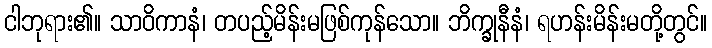
ငါဘုရား၏။ သာဝိကာနံ၊ တပည့်မိန်းမဖြစ်ကုန်သော။ ဘိက္ခုနီနံ၊ ရဟန်းမိန်းမတို့တွင်။